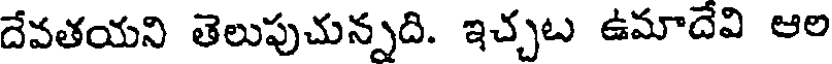
దేవతయని తెలుపుచున్నది. ఇచ్చట ఉమాదేవి ఆల